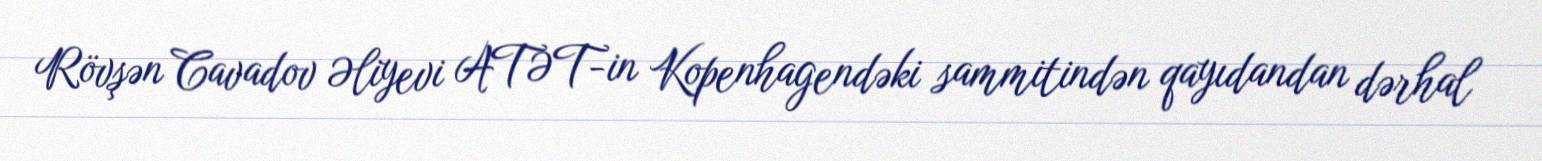
Rövşən Cavadov Əliyevi ATƏT-in Kopenhagendəki sammitindən qayıdandan dərhal